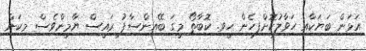
އަޅަން ބަޔަކާއި ހަވާލުކޮށްފިހެން ހީވި. ކޮބާތޯ މީގަ ބޭއިންސާފު ރައީސް ޔާމީންވެސް މިކަން